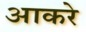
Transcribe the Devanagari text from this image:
आकरे